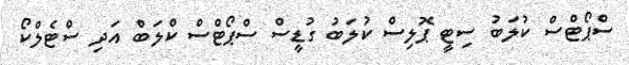
ސްޕޯޓްސް ކުލަބު ސިޓީ ޕޮލިސް ކުލަބު ގުޑީސް ސްޕޯޓްސް ކްލަބް އަދި ސްޓެލްކޯ